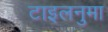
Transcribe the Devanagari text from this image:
टाइलनुमा